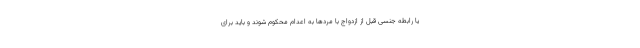
یا رابطه جنسی قبل از ازدواج با مردها به اعدام محکوم شوند و باید برای